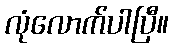
လုံလောက်ပါပြီ။